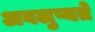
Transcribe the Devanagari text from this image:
अवलुप्यते